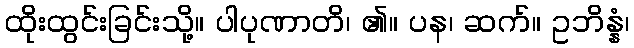
ထိုးထွင်းခြင်းသို့။ ပါပုဏာတိ၊ ၏။ ပန၊ ဆက်။ ဥဘိန္နံ၊